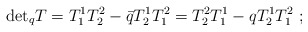
\begin{align*}{\rm det}_qT=T^1_1T^2_2-\bar qT^1_2T^2_1=T^2_2T^1_1-qT^1_2T^2_1\ ;\end{align*}